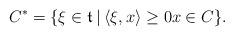
LaTeX: \begin{align*} C^* = \{\xi \in \mathfrak{t} \: | \: \langle \xi, x \rangle \geq 0 x \in C\}.\end{align*}